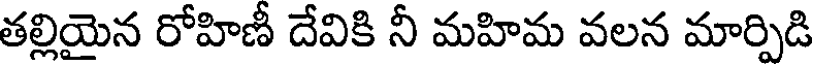
తల్లియైన రోహిణీ దేవికి నీ మహిమ వలన మార్పిడి